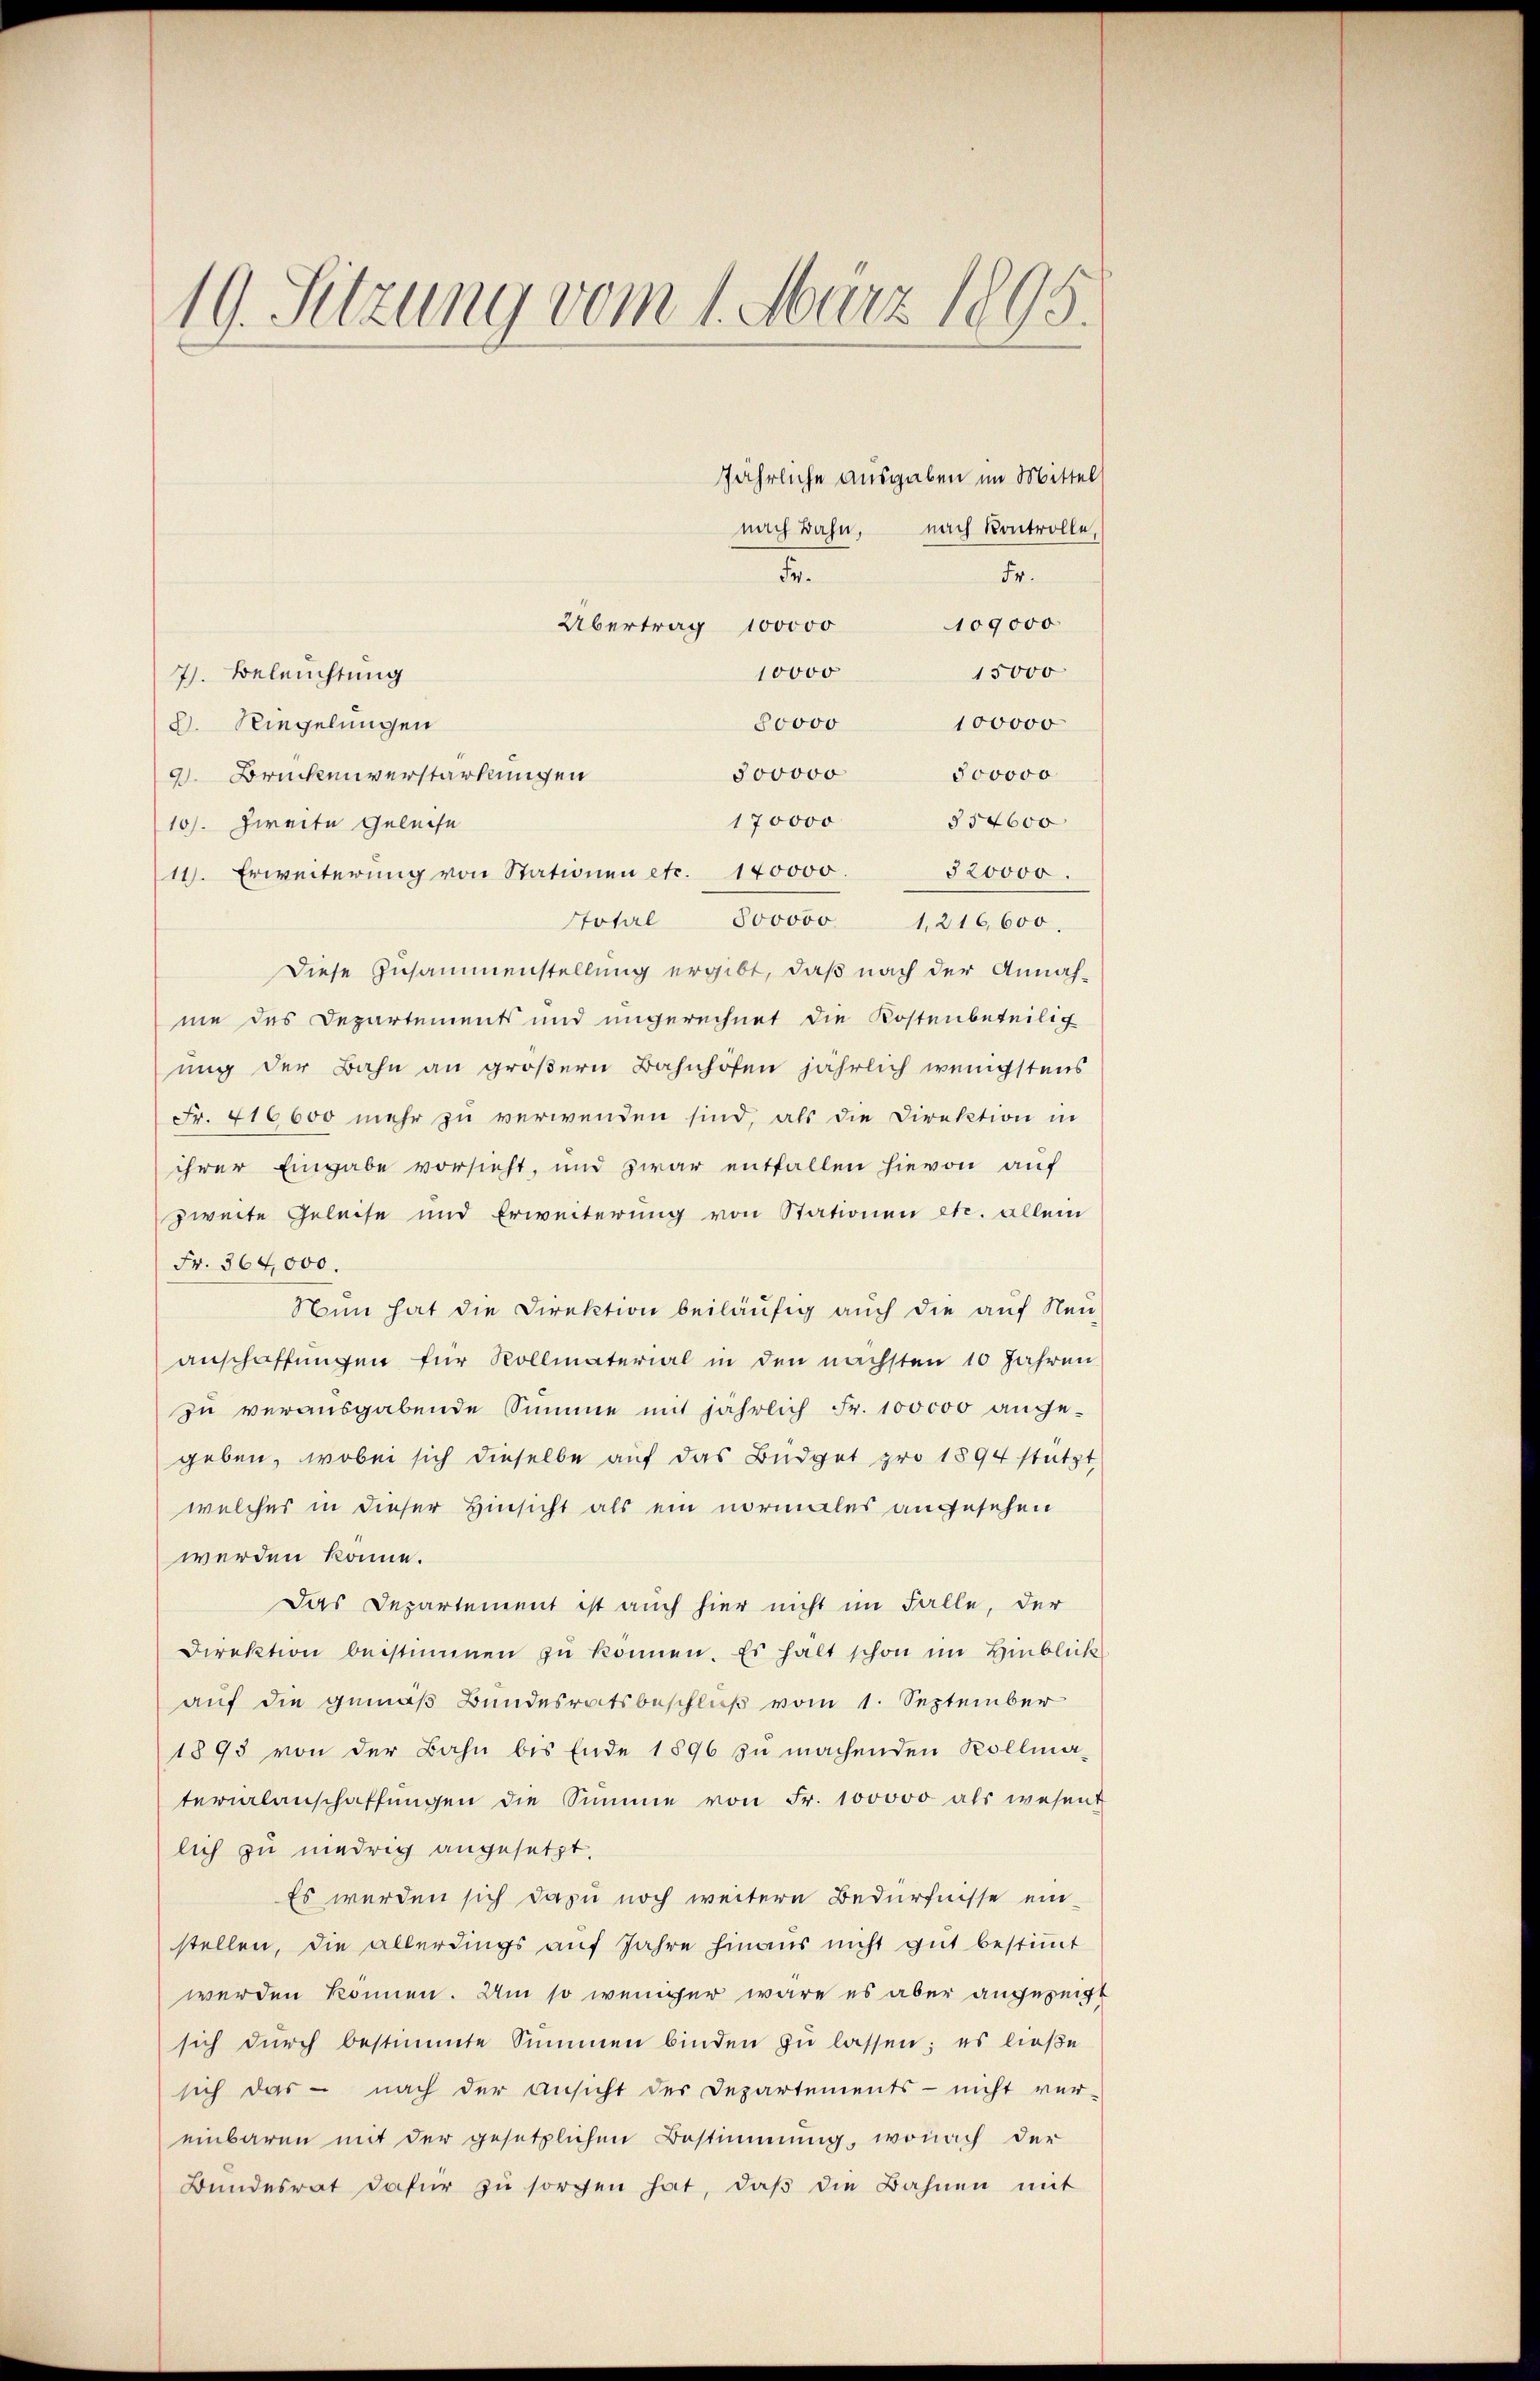
19. Sitzung vom 1. März 1895.

Übertrag 100000
15000
10000
7). Beleuchtung
100000
80000
2. Riegelungen
300000 500000
9. Brückenverstärkungen
170000
§54600
10). Zweite Geleise
11. Erweiterŭng von Stationen etc. 140000. 320000.
800000 1,216,600.
Stotal
Diese Zusammenstellung ergibt, daß nach der Annah-
me des Departements und ungerechnet die Kostenbeteilig
ung der Bahn an größern Bahnhöfen jährlich wenigstens
Fr. 416600 mehr zu verwenden sind, als die Direktion in
ihrer Eingabe vorsieht, und zwar entfallen hievon auf
zweite Geleise und Erweiterung von Stationen etc. allem
Fr. 364,000.
Nun hat die Direktion beiläufig auch die auf Neu-
anschaffungen für Rollmaterial in den nächsten 10 Jahren
zu verausgabende Summe mit jährlich Fr. 100000 angegeben, wobei sich dieselbe auf das Büdget pro 1894 stützt
welches in dieser Hinsicht als ein normales angesehen
werden könne.
Das Departement ist auch hier nicht im Falle, der
Direktion beistimmen zŭ können. Es halt schon im Hinblick
auf die gemäß Bundesratsbeschluß vom 1. September
1893 von der Bahn bis Ende 1896 zu machenden Kollmaterialanschaffŭngen die Summe von Fr. 100000 als wesent
lich zu niedrig angesetzt.
Es werden sich dazu noch weitere Bedürfnisse einstellen, die allerdings auf Jahre hinaus nicht gut bestimmt
werden können. Um so weniger wäre es aber angezeicht
sich dŭrch bestimmte Summen binden zŭ lassen; es ließe
sich das - nach der Ansicht der Departements - nicht ver-
einbaren mit der gesetzlichen Bestimmung, wonach der
Bŭndesrat dafür zŭ sorgen hat, daβ die Bahnen mit

nach Bahn, nach Kontrolle,
Fr.
Fr.
109000

jährliche Ausgaben im Mittel